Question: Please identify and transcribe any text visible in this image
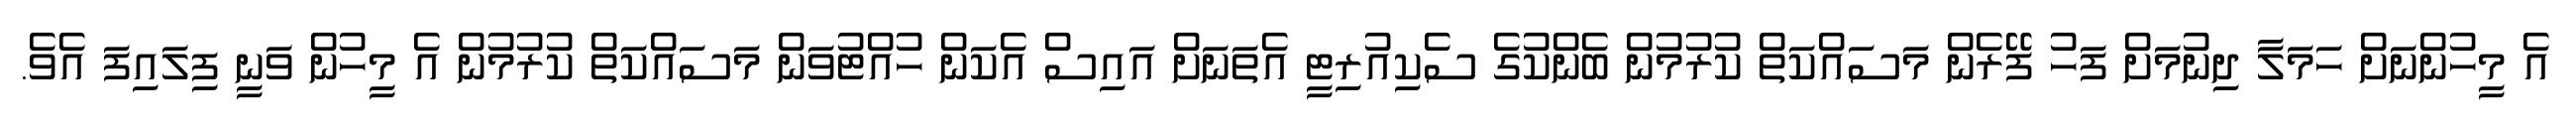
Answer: އެ މީހުންނަށް ހަމަލާ ދިނުމަށް ފަހު ފޭރެން މަސައްކަތް ކުރުމުން ބެންކުގެ ސެކިއުރިޓީ އެތަނަށް އައިސް އެކަން ހުއްޓުވަން މަސައްކަތް ކުރުމުން އެ މީހުން ވަނީ ފިލައިފަ އެވެ.